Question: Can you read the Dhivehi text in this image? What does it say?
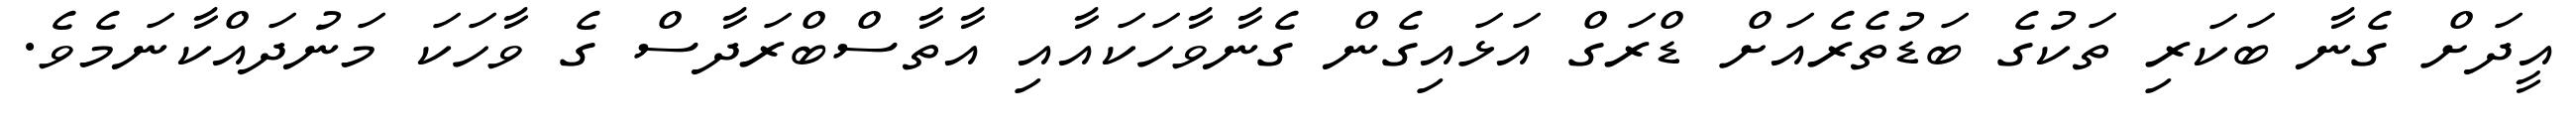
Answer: އީދަށް ގެނާ ބަކަރި ތަކުގެ ބަޑުތެރެއަށް ޑްރަގް އަޅައިގެން ގެނާވާހަކައާއި އާތާސްބްރަދާސް ގެ ވާހަކަ މަނުދައްކާނަމެވެ.